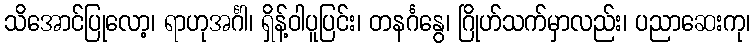
သိအောင်ပြုလော့၊ ရာဟုအင်္ဂါ၊ ရှိန့်ဝါပူပြင်း၊ တနင်္ဂနွေ၊ ဂြိုဟ်သက်မှာလည်း၊ ပညာဆေးကု၊